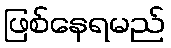
ဖြစ်နေရမည်